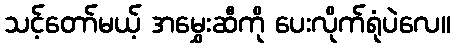
သင့်တော်မယ့် အမွှေးဆီကို ပေးလိုက်ရုံပဲလေ။